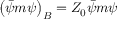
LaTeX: \left( { \bar { \psi } } m \psi \right) _ { B } = Z _ { 0 } { \bar { \psi } } m \psi